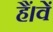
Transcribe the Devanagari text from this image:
हैं।वें